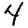
Digit: 4